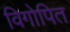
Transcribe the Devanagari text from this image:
विगोपित